Alphabetical list of drugs, medicines and other preparations free from, and containing, spirit compiled from the results of tests made by the customs houses at Calcutta, Bombay, and Madras
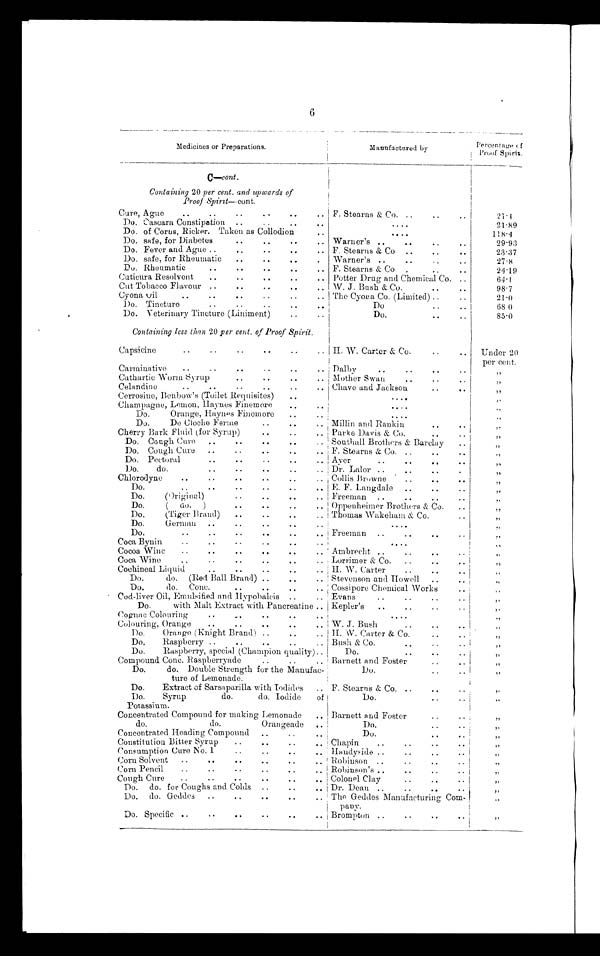
6
Medicines or Preparations.
Manufactured by
Percentage of
Proof Spirit.
C—cont.
Containing 20 per cent. and upwards of
Proof Spirit — cont.
Cure, Aguo
..
..
..
.. ..
.. F. Stearns & Co. ..
..
..
21.4
Do. Cascara Constipation ..
..
..
..
.
.
.
.
21.89
Do. of Corns, Ricker. Taken as Collodion
....
118. 4
Do. safe, for Diabetes
. .
. .
. .
. . Warner's ..
..
..
2
9 . 9 3
Do. Fever and Ague ..
..
..
.. F. Stearns & Co. . . .. . .
23.37
Do. safe, for Rheumatic
..
. .
. .
. Warner's ..
. . . . ..
27.8
Do. Rheumatic
..
..
..
..
.. F. Stearns & Co. .
..
..
24.19
Cuticura Resolvent
..
..
..
..
.. Potter Drug and Chemical Co. ..
64.1
Cut Tobacco Flavour ..
..
..
. .
. . W. J. Bush & Co...
..
98.7
Cyona Oil
..
..
..
.. The Cyona Co. (Limited) ..
..
21.0
D
o. Tincture
..
....
Do
..
68.0
Do. Veterinary Tincture (Liniment)
..
..
Do.
..
85.0
Containing less than 20 per cent. of Proof Spirit .
Capsicine
..
..
..
. .
. .
. .
H. W. Carter & Co.
..
.. Under 20
per cent.
Carminative
..
..
..
..
..
.. Dalby
..
. . . . ..
"
Cathartic Worm Syrup
..
..
..
.. Mother Swan
. .
Celandine
..
.. Chave and Jackson
..
..
Cerrosine, Benbow's (Toilet Requisites)
..
....
Champagne, Lemon, Haynes Finemore
..
..
.
9
.
.
Do.
Orange, Haynes Finemore
.
.
.
.
"
Do.
De Cloche Ferme
..
. .
. . Millin and Rankin
..
"
Cherry Bark Fluid (for Syrup)
. .
.. . .
Parke Davis & Co.
..
"
Do. Cough Cure ..
..
. .
. .
. . Southall Brothers & Barclay
. .
"
Do. Cough Cure ..
..
..
..
.. F. Stearns & Co. ..
. . . .
.,
Do. Pectoral
. .
. .
. .
. . Ayer
..
.. . . . .
"
Do.
do.
..
..
. .
. .
. . Dr. Lalor ..
. . . . .
Chlorodyne
. .
. .
. .
. . Collis Browne
..
..
Do.
..
..
..
..
..
. . E. F. Langdale . . .. ..
"
Do.
(Original)
..
..
..
., Freeman ..
..
..
..
"
Do.
( do. )
. .
. .
. .
. . Oppenheimer Brothers & Co.
..
,,
Do.
(Tiger Brand)
..
..
..
.. Thomas Wakeham & Co.
..
"
Do .
German ..
..
. . .. . .
.
.
.
.
Do.
..
..
..
. .
. . Freeman ..
..
..
Coca Bynin
..
..
- .
..
..
.
.
.
.
,,
Cocoa Wine
..
..
..
. .
. .
. . Ambrecht ..
..
. .
Coca Wine
..
..
..
..
.. Lorrimer & Co. ..
..
..
Cochineal Liquid
..
..
..
. . H. W. Carter
..
..
. .
Do.
do. (Red Ball Brand) ..
..
.. Stevenson and Howell ..
..
"
Do.
do.
Conc.
..
. .
. .
. . Cossipore Chemical Works
..
Cod-liver Oil, Emulsified and Hypobalcis ..
.. Evans
..
..
..
..
,,
Do.
with Malt Extract with Pancreatine .. Kepler's ..
..
.. "
Cognac Colouring
..
.,.
. .
. .
. .i
...
Colouring, Orange
..
. .
. .
.. . .
W. J. Bush
..
Do.
Orange (Knight Brand) ..
..
.. H. W. Carter & Co.
..
,,
Do.
Raspberry ..
..
..
..
.. Bush & Co.
..
..
,,
Do.
Raspberry, special (Champion quality)..
Do.
..
"
Compound Conc. Raspberryade
..
..
.. Barnett and Foster
..
"
Do.
do. Double Strength for the Manufac-
tore of Lemonade.
Do.
..
"
Do.
Extract of Sarsaparilla with Iodides .. F. Stearns & Co. ..
..
"
Do.
Syrup
do.
do. Iodide
of
Do.
"
Potassium.
Concentrated Compound for making Lemonade .. Barnett and Foster
..
,,
do.
do.
Orangeade
..
Do.
..
,,
Concentrated Heading Compound ..
..
..
Do.
..
"
Constitution Bitter Syrup
..
..
..
. . Chapin
. . . . ..
Consumption Cure No. 1
. .
. .
. . Handyside ..
..
..
Corn Solvent ..
. .
. . . .
. .
. .
Robinson ..
. . ..
Corn Pencil
. .
. .
. .
. . Robinson's ..
. . . .
"
Cough Cure
. .
. .
. - . .
. .
. . Colonel Clay
. . . . . .
"
Do. do. for Coughs and Colds ..
. . Dr. Dean ..
. . . .
"
Do. do. Geddes ..
..
..
..
.. The Geddes Manufacturing Com-
pany.
"
Do. Specific ..
..
..
..
..
.. Brompton ..
..
..
"